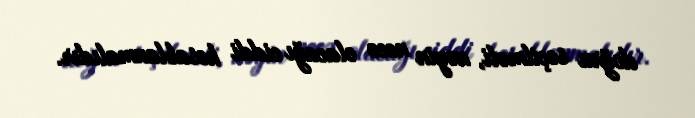
doğru seçilməli, nəyin necə olacağı ciddi hesablanmalıdır.